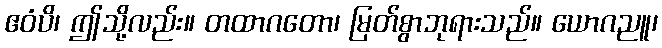
ဧဝံပိ၊ ဤသို့လည်း။ တထာဂတော၊ မြတ်စွာဘုရားသည်။ ယောဂညူ၊